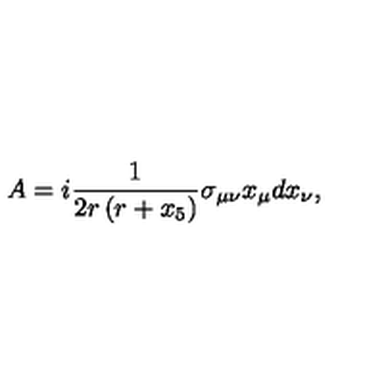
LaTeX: A = i \frac { 1 } { 2 r \left( r + x _ { 5 } \right) } \sigma _ { \mu \nu } x _ { \mu } d x _ { \nu } ,